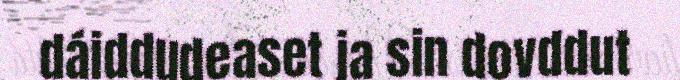
dáiddudeaset ja sin dovddut